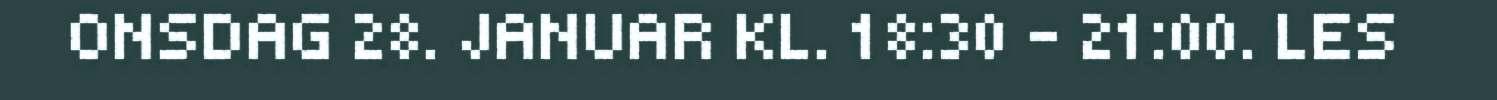
ONSDAG 28. JANUAR KL. 18:30 - 21:00. LES